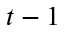
t - 1